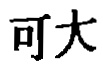
可大